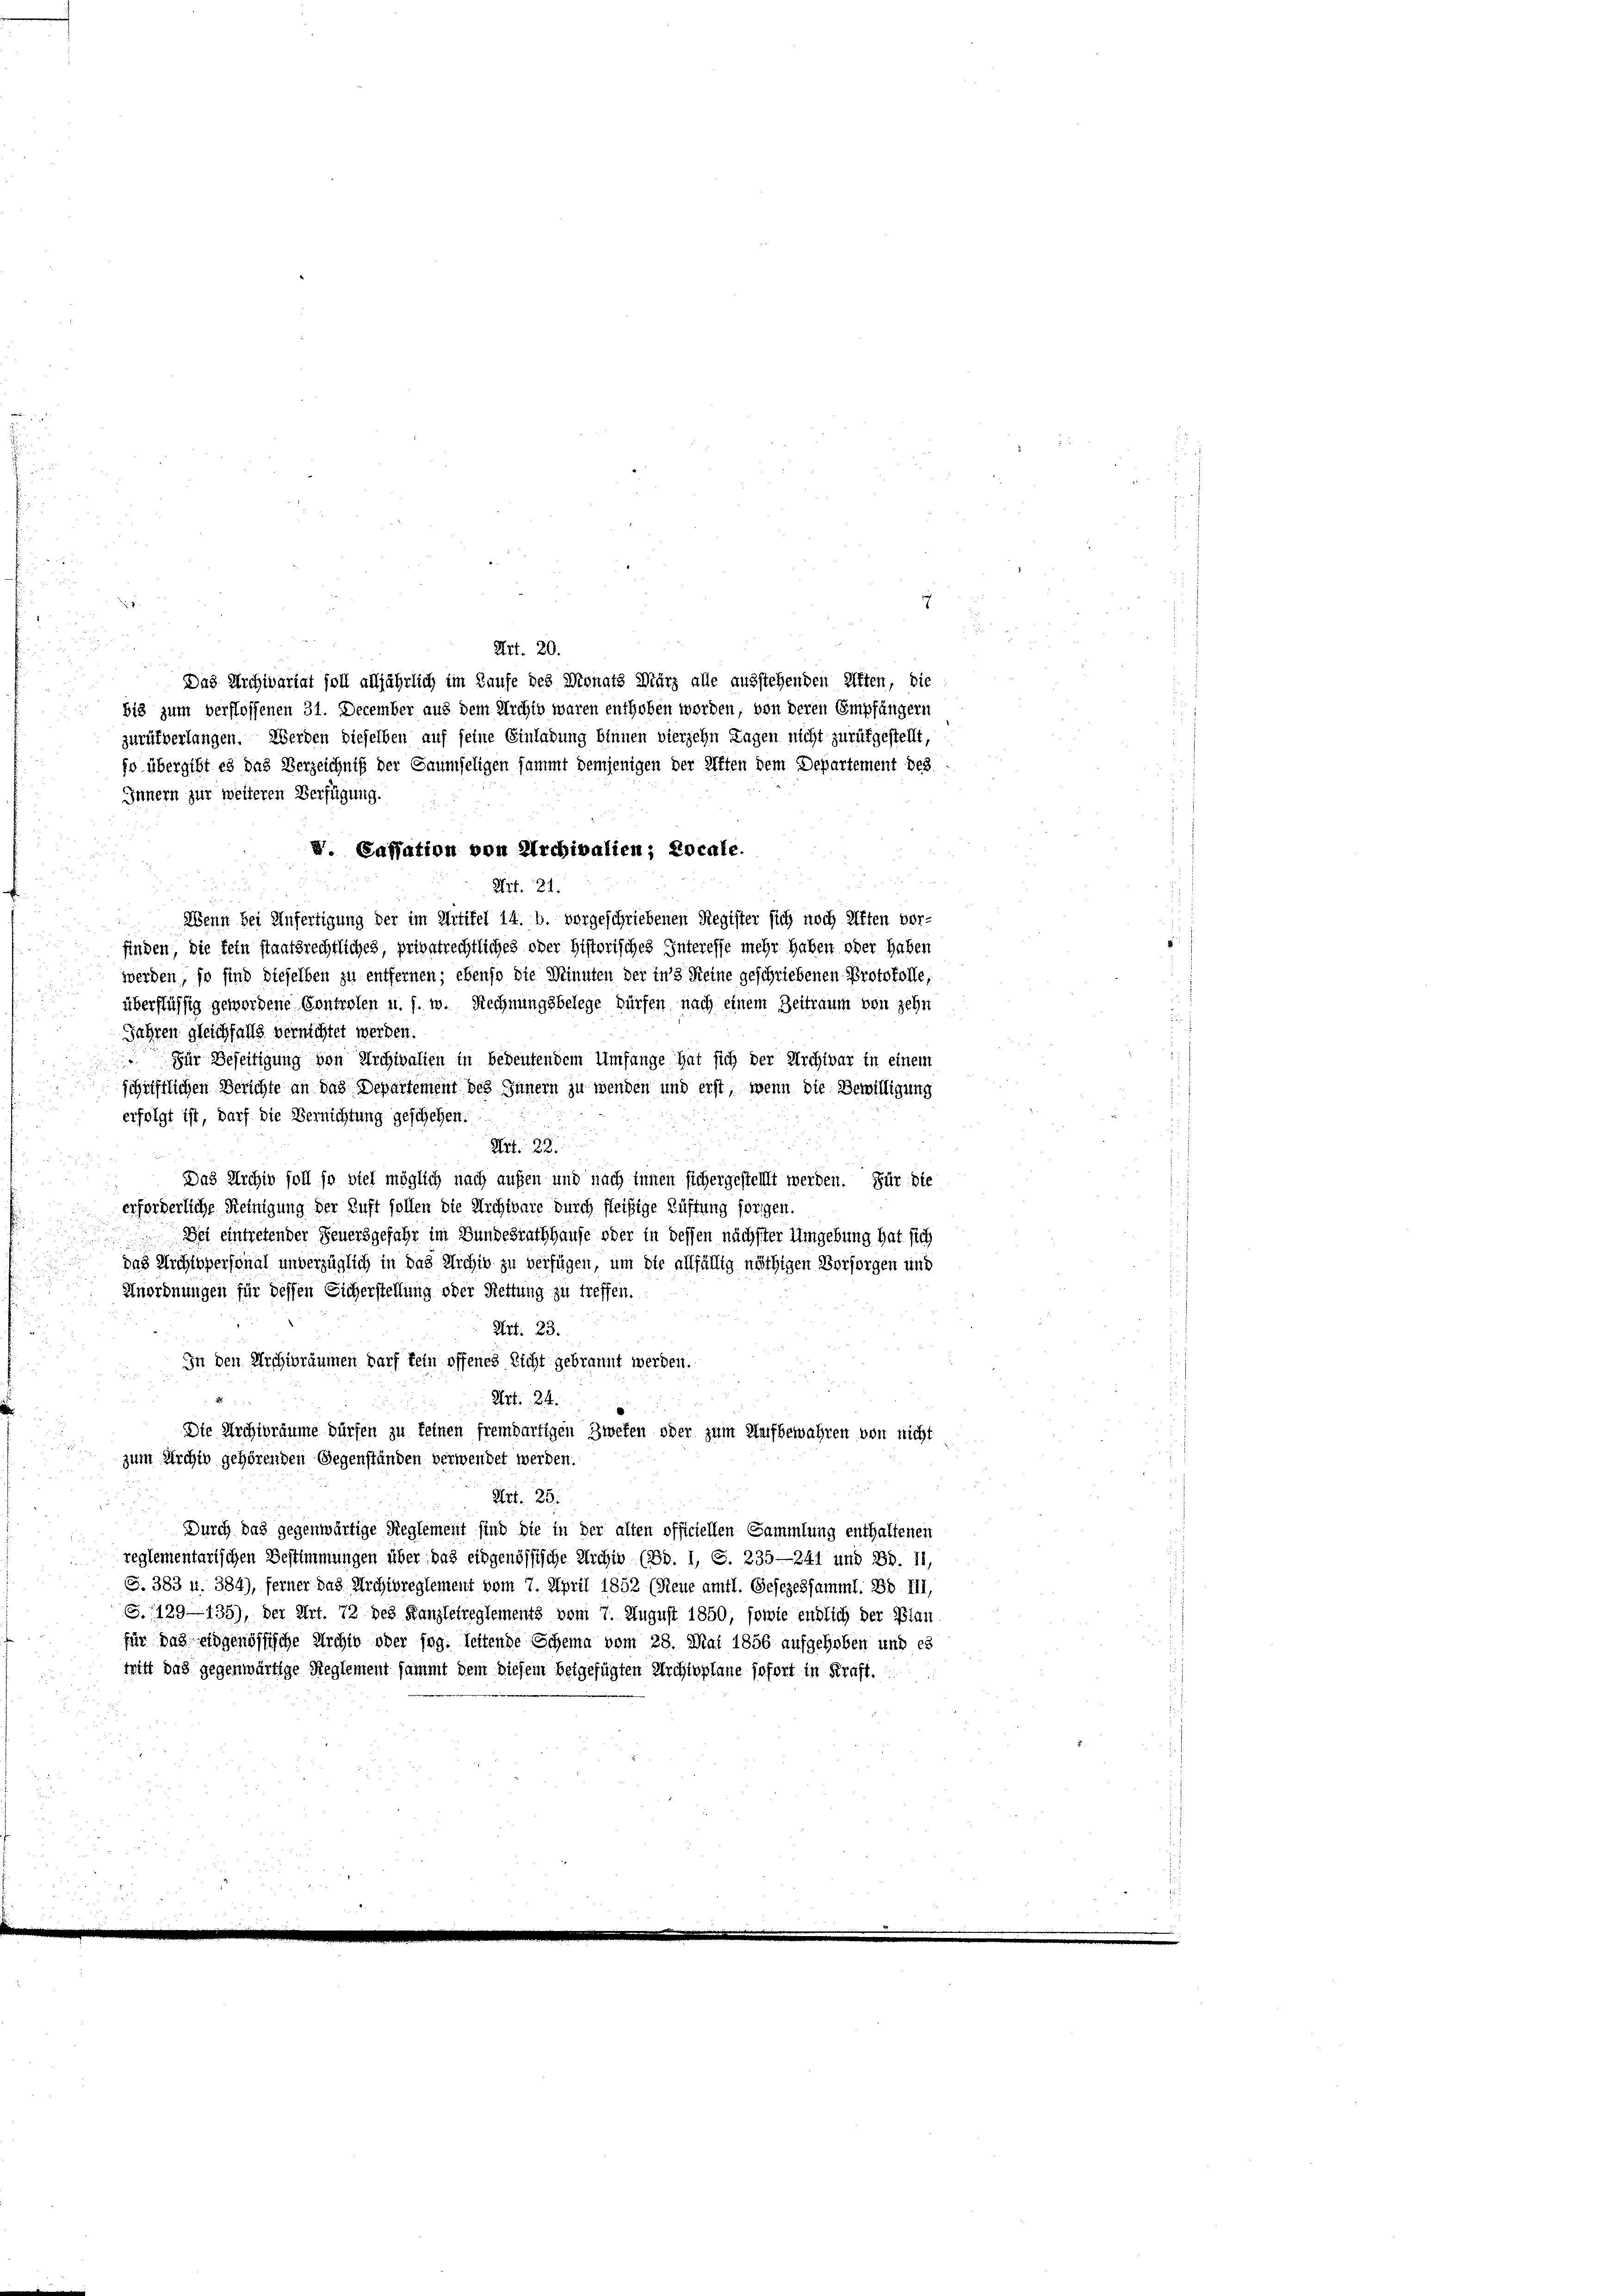
.
.
Art. 20.
Das Archivariat soll alljährlich im Laufe des Donats März alle ausstehenden Ritten, die
bis zum verflossenen 31. December aus dem Archiv waren enthoben werden, von deren Empfängern
zurükverlangen. Werden dieselben auf seine Einladung binnen vierzehn Tagen nicht zurükgestellt,
jo übergibt es das Verzeichniß der Gaumseligen sammt demjenigen der Aften dem Departement bes
Innern zur weiteren Verfügung.
d. Cassation von Archivalien; Locale.
Art. 21.
Wenn bei Anfertigung der im Artikel 14. b. vorgeschriebenen Register sich noch Alten vor-
finden, die fein staatsrechtliches, privatrechtliches oder historisches Interesse mehr haben oder haben
werden, so sind dieselben zu entfernen; ebenso die Weinuten der in’s Reine geschriebenen Protokolle,
überflüssig gewordene Controlen u. s. w. Rechnungsbelege dürfen, nach einem Zeitraum von zehn
Jahren gleichfalls vernichtet werden.
 Für Beseitigung von Archivalien in bedeutendem Umfange hat sich der Archivar in einem
schriftlichen Berichte an das Departement des Innern zu wenden und erst, wenn die Bewilligung
erfolgt ist, darf die Vernichtung geschehen.
Art. 28.
.
Das Archiv soll so viel möglich nach aufen und nach innen sichergestellt werden. Für die
erforderliche Heinigung der Luft sollen die Archivare durch fleißige Rüftung forgen.
Dei eintretender Feuersgefahr im Bundesrathhause oder in dessen nächster Umgebung hat sich
das Nichtspersonal unverzüglich in das Archiv zu verfügen, um die allfällig nöthigen Vorsorgen und
Anordnungen für dessen Sicherstellung oder Rettung zu treffen.
Art. 23.
In den Archibräumen darf kein offenes Licht gebrannt werden.
Art. 24.
Die Archivräume dürfen zu feinen fremdartigen Zweken oder zum Aufbewahren von nicht
zum Archiv gehörenden Gegenständen verwendet werden.
Art. 25.
Durch das gegenwärtige Reglement sind die in der alten officiellen Sammlung enthaltenen
reglementarischen Bestimmungen über das eidgenössische Archiv (Bd. I, S. 235—241 und Bd. II,
S. 383 u. 384), ferner das Archibreglement vom 7. April 1852 (Neue amtl. Gesezessamml. Bd III,
S. 1129—135), der Art. 72 des Kanzlehreglements vom 7. August 1850, sowie endlich der Plan
für das eidgenössische Archiv oder Ing. Seitende Schema vom 28. Mai 1856 aufgehoben und es
hilt das gegenwärtige Reglement sammt dem Diesem beigefügten Archivplane sofort in Kraft.